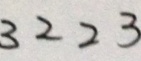
3 2 2 3